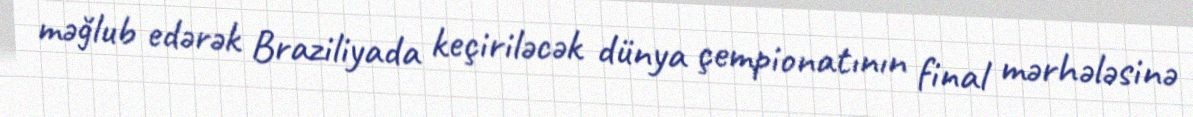
məğlub edərək Braziliyada keçiriləcək dünya çempionatının final mərhələsinə